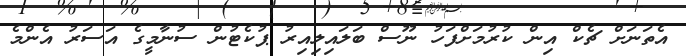
އެތަނަށް ޗެކް އިން ކުރުމަށްފަހު ނޫސް ބަލައިލިއިރު ޕުކެޓުން ސުނާމީގެ އަސަރު އެންމެ